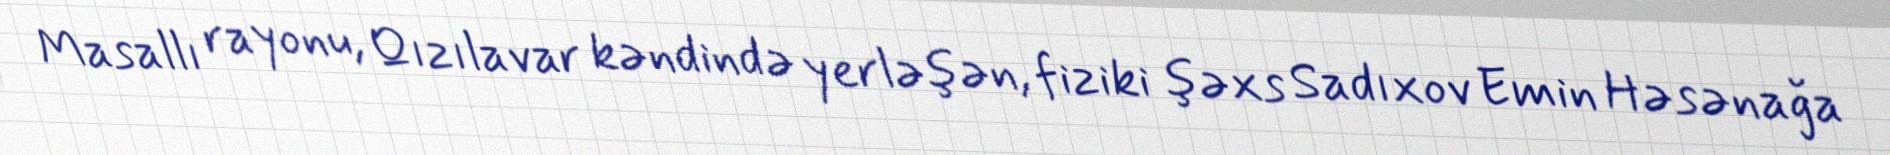
Masallı rayonu, Qızılavar kəndində yerləşən, fiziki şəxs Sadıxov Emin Həsənağa